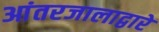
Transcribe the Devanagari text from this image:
आंतरजालाद्वारे